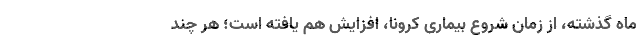
ماه گذشته، از زمان شروع بیماری کرونا، افزایش هم یافته است؛ هر چند